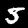
Label: 5